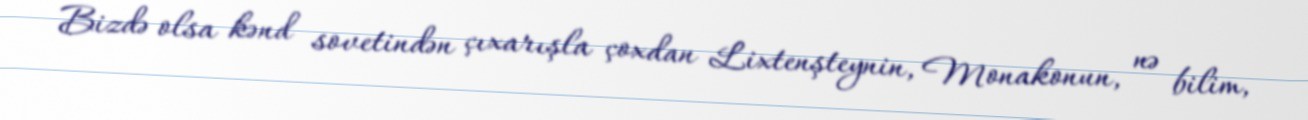
Bizdə olsa kənd sovetindən çıxarışla çoxdan Lixtenşteynin, Monakonun, nə bilim,